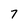
Character: 7